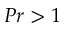
P r > 1